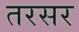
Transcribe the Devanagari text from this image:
तरसर